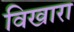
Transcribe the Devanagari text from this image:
विखारा